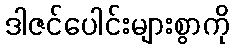
ဒါဇင်ပေါင်းများစွာကို